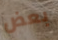
بعض